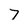
Character: 7